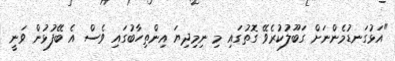
"އަޅުގަނޑުމެންނަށް ގަބޫލުކުރެވޭ ގޮތުގައި މި ނިމިދިޔަ އިންތިހާބުގައި ވެސް އެ ބޭފުޅުން ވަނީ